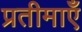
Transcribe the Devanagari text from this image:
प्रतीमाएँ